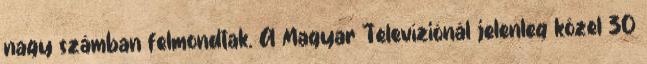
nagy számban felmondtak. A Magyar Televíziónál jelenleg közel 30